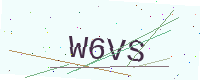
Text: W6VS